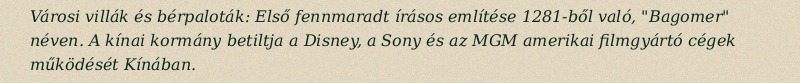
Városi villák és bérpaloták: Első fennmaradt írásos említése 1281-ből való, "Bagomer" néven. A kínai kormány betiltja a Disney, a Sony és az MGM amerikai filmgyártó cégek működését Kínában.